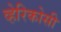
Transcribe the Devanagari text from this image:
व्हेरिकोसी